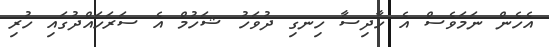
އެހެން ނަމަވެސް އެ ހާދިސާ ހިނގި ދުވަހު ޝަހުމް އެ ސަރަހައްދުގައި ހުރި